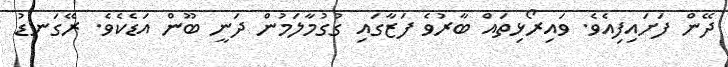
ދޭން ފަށައިފިއެވެ. ވައިރޯޅިތައް ބާރުވެ ފަޒާގައި ގުގުމާލަމުން ދަނީ ބޫން އަޑެކެވެ. ރޭގަނޑު